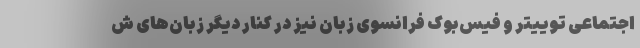
اجتماعی توییتر و فیس‌بوک فرانسوی زبان نیز در کنار دیگر زبان‌های ش